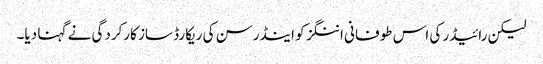
لیکن رائیڈر کی اس طوفانی اننگز کو اینڈرسن کی ریکارڈ ساز کارکردگی نے گہنا دیا۔